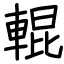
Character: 輥